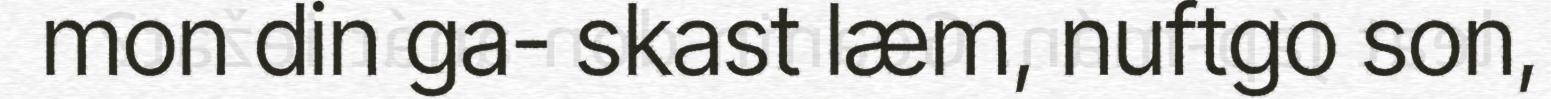
mon din ga- skast læm, nuftgo son,